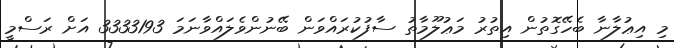
މި އިޢުލާނާ ބެހޭގޮތުން އިތުރު މަޢުލޫމާތު ސާފުކުރައްވަން ބޭނުންވެލައްވާނަމަ 3333193 އަށް ރަސްމީ